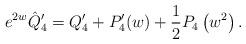
LaTeX: \begin{align*} e^{2w}\hat Q_4^\prime = Q_4^\prime + P_4^\prime(w) + \frac{1}{2}P_4\left(w^2\right) .\end{align*}